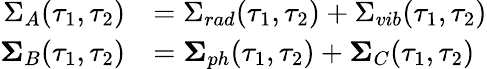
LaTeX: \begin{array}{rl}{\Sigma_{A}(\tau_{1},\tau_{2})}&{=\Sigma_{rad}(\tau_{1},\tau_{2})+\Sigma_{vib}(\tau_{1},\tau_{2})}\\ {\mathbf{\Sigma}_{B}(\tau_{1},\tau_{2})}&{=\mathbf{\Sigma}_{ph}(\tau_{1},\tau_{2})+\mathbf{\Sigma}_{C}(\tau_{1},\tau_{2})}\end{array}